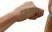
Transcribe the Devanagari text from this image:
प्रायः।